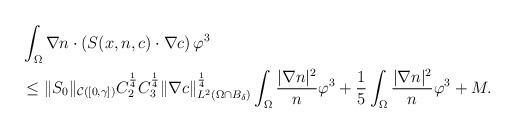
LaTeX: \begin{align*}\begin{aligned}&\int_{\Omega} \nabla n \cdot (S(x,n,c) \cdot \nabla c ) \,\varphi^{3}\\&\le \|S_{0}\|_{\mathcal{C}([0,\gamma])}C_{2}^{\frac{1}{4}}C_{3}^{\frac{1}{4}} \|\nabla c\|_{L^{2}(\Omega\cap B_{\delta})}^{\frac{1}{4}} \int_{\Omega} \frac{|\nabla n|^{2}}{n}\varphi^{3} +\frac{1}{5} \int_{\Omega} \frac{|\nabla n|^{2}}{n}\varphi^{3} +M.\end{aligned}\end{align*}